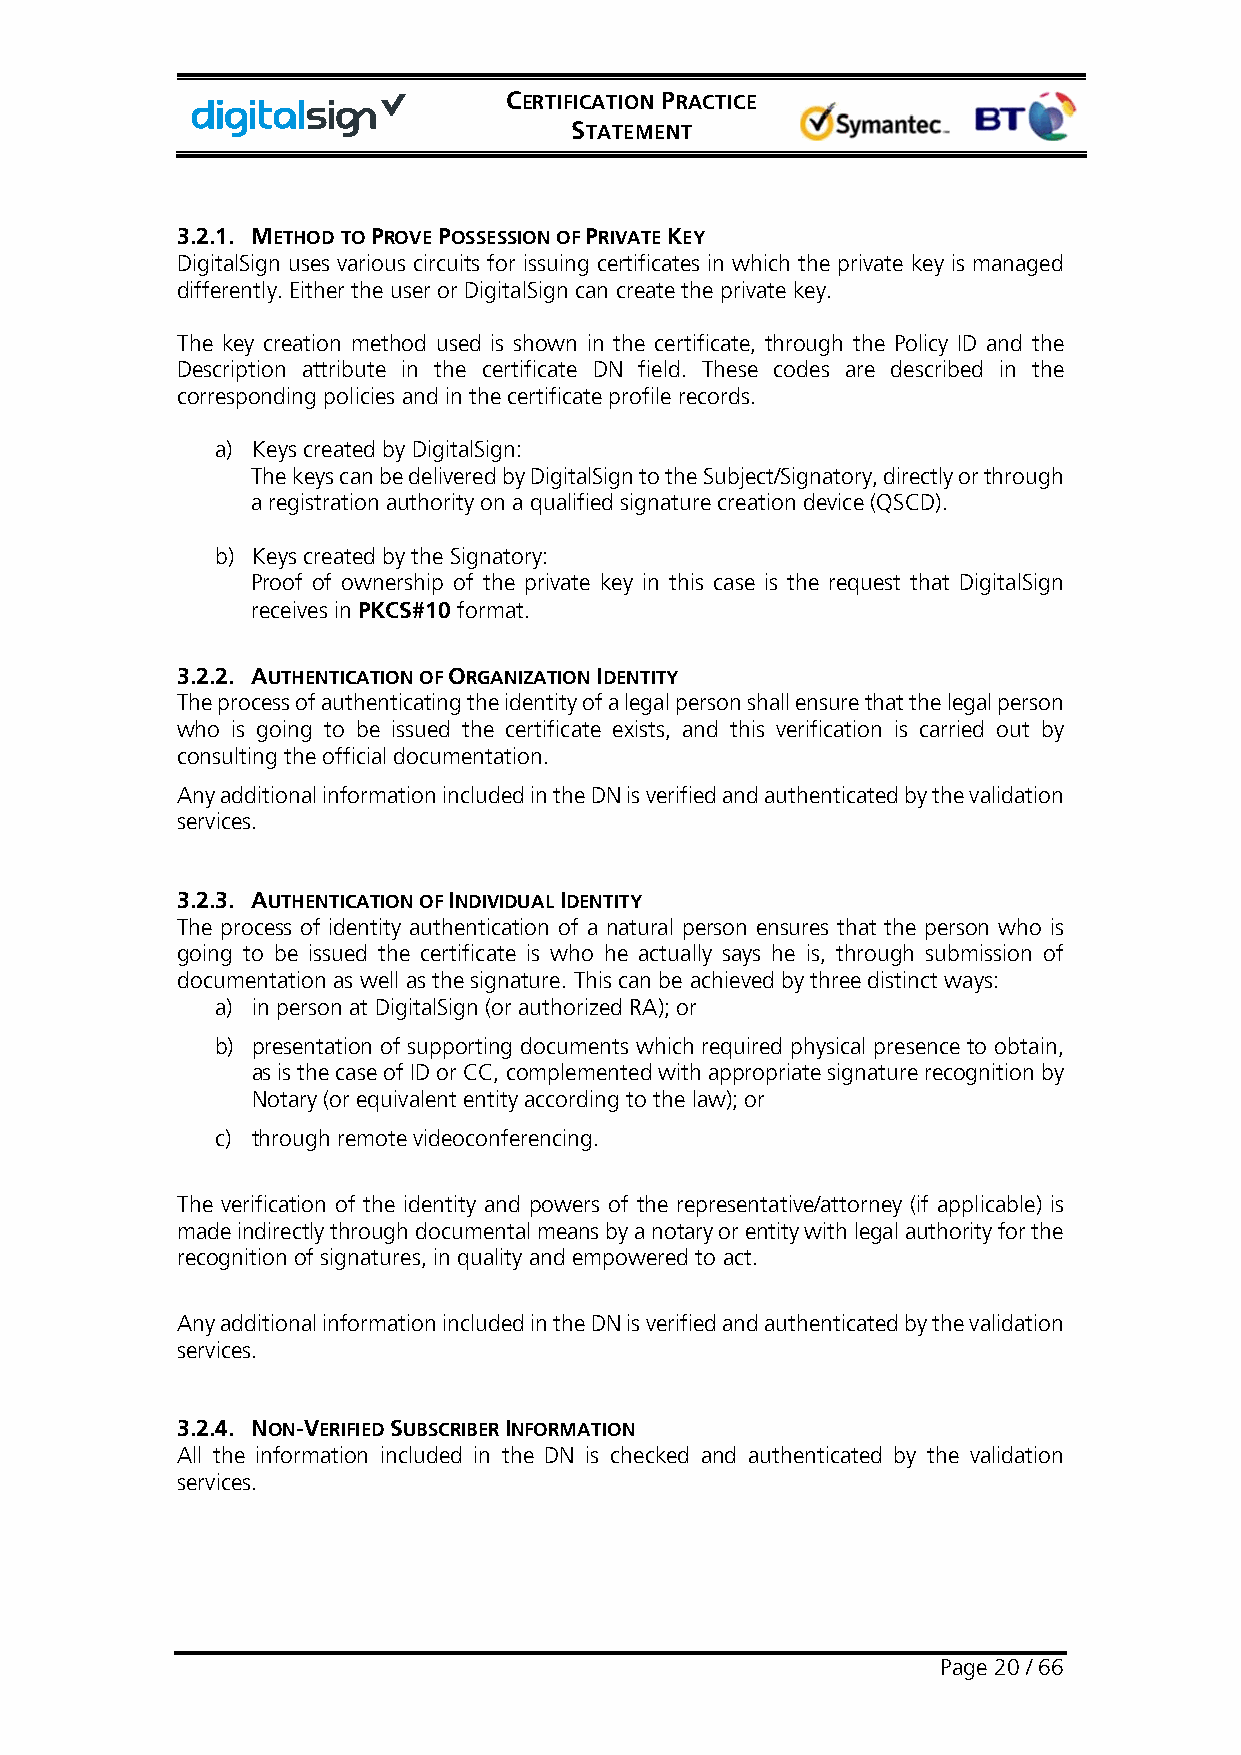
CERTIFICATION PRACTICE
 STATEMENT
 3.2.1. METHOD TO PROVE POSSESSION OF PRIVATE KEY
 DigitalSign uses various circuits for issuing certificates in which the private key is managed
 differently. Either the user or DigitalSign can create the private key.
 The key creation method used is shown in the certificate, through the Policy ID and the
 Description attribute in the certificate DN field. These codes are described in the
 corresponding policies and in the certificate profile records.
 a) Keys created by DigitalSign:
 The keys can be delivered by DigitalSign to the Subject/Signatory, directly or through
 a registration authority on a qualified signature creation device (QSCD).
 b) Keys created by the Signatory:
 Proof of ownership of the private key in this case is the request that DigitalSign
 receives in PKCS#10 format.
 3.2.2. AUTHENTICATION OF ORGANIZATION IDENTITY
 The process of authenticating the identity of a legal person shall ensure that the legal person
 who is going to be issued the certificate exists, and this verification is carried out by
 consulting the official documentation.
 Any additional information included in the DN is verified and authenticated by the validation
 services.
 3.2.3. AUTHENTICATION OF INDIVIDUAL IDENTITY
 The process of identity authentication of a natural person ensures that the person who is
 going to be issued the certificate is who he actually says he is, through submission of
 documentation as well as the signature. This can be achieved by three distinct ways:
 a) in person at DigitalSign (or authorized RA); or
 b) presentation of supporting documents which required physical presence to obtain,
 as is the case of ID or CC, complemented with appropriate signature recognition by
 Notary (or equivalent entity according to the law); or
 c) through remote videoconferencing.
 The verification of the identity and powers of the representative/attorney (if applicable) is
 made indirectly through documental means by a notary or entity with legal authority for the
 recognition of signatures, in quality and empowered to act.
 Any additional information included in the DN is verified and authenticated by the validation
 services.
 3.2.4. NON-VERIFIED SUBSCRIBER INFORMATION
 All the information included in the DN is checked and authenticated by the validation
 services.
 Page 20 / 66